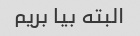
البته بیا بریم